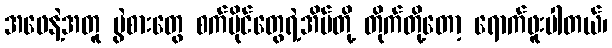
အဖေနဲ့အတူ ပွဲစားတွေ စက်ပိုင်တွေရဲ့အိမ်တို့ တိုက်တို့တော့ ရောက်ဖူးပါတယ်၊